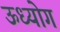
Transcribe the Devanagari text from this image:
ऊध्योग